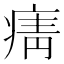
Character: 𭼓